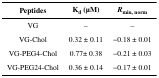
| Peptides | Kd (μM) | Rmin, norm |
 | --- | --- | --- |
 | VG | – | – |
 | VG-Chol | 0.32 ± 0.11 | −0.18 ± 0.01 |
 | VG-PEG4-Chol | 0.77± 0.38 | −0.21 ± 0.03 |
 | VG-PEG24-Chol | 0.36 ± 0.14 | −0.17 ± 0.01 |